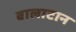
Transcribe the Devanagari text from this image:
बालाटान